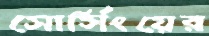
সোর্সিংয়ের